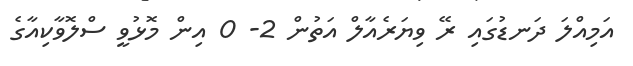
އަމިއްލަ ދަނޑުގައި ރޭ ވިޔަރެއާލް އަތުން 2- 0 އިން މޮޅުވީ ސްލޮވާކިއާގެ